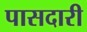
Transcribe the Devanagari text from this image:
पासदारी